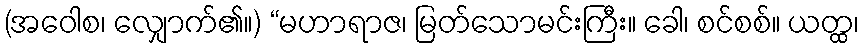
(အဝေါစ၊ လျှောက်၏။) “မဟာရာဇ၊ မြတ်သောမင်းကြီး။ ခေါ၊ စင်စစ်။ ယတ္ထ၊